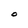
Character: O